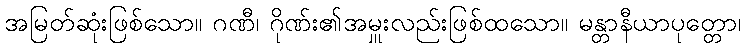
အမြတ်ဆုံးဖြစ်သော။ ဂဏီ၊ ဂိုဏ်း၏အမှူးလည်းဖြစ်ထသော။ မန္တာနီယာပုတ္တော၊